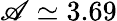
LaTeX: \mathscr{A}\simeq3.69